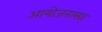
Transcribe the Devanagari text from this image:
आयोजनासह